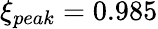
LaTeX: \xi_{peak}=0.985